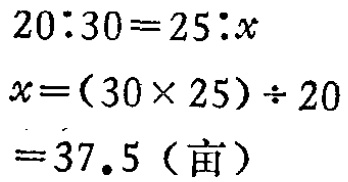
\[

\begin{align*}

20:30&=25:x\\

x&=(30\times 25)\div 20\\

&=37.5 (\text{亩})

\end{align*}

\]